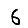
Digit: 6